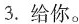
3.给你.